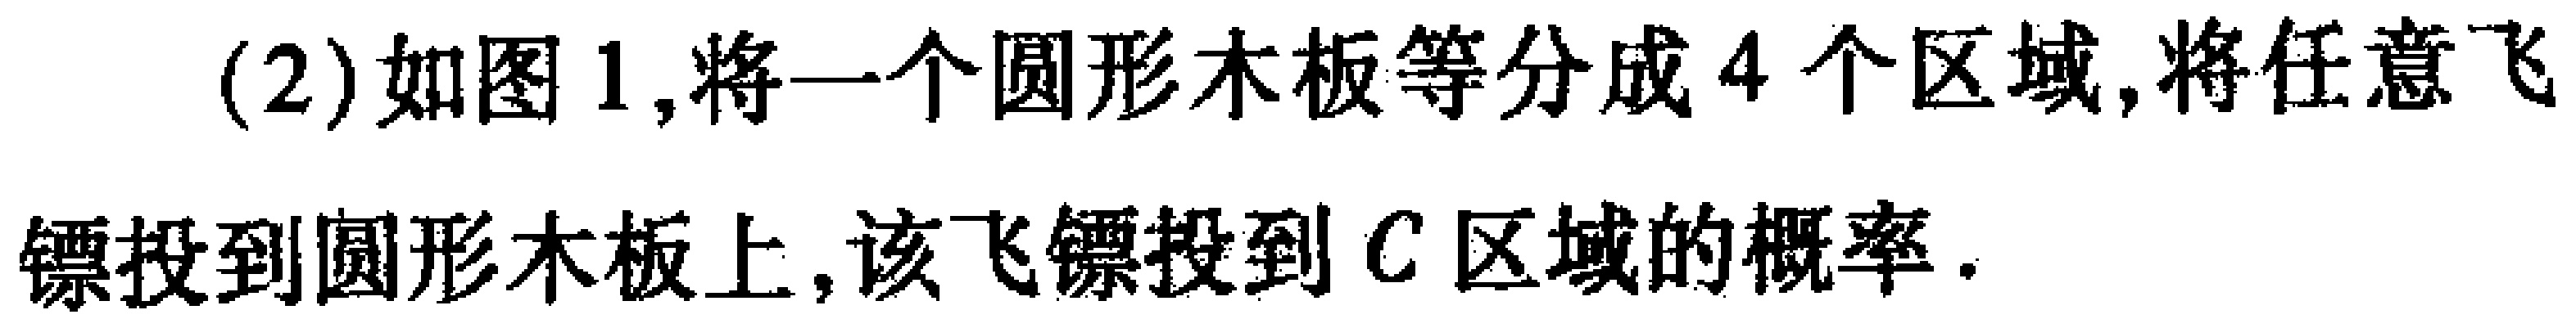
(2)如图1,将一个圆形木板等分成4个区域,将任意飞

镖投到圆形木板上,该飞镖投到\(C\)区域的概率.